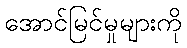
အောင်မြင်မှုများကို